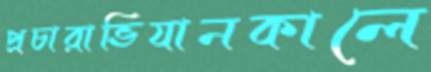
প্রচারাভিযানকালে